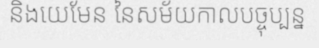
និងយេមែន នៃសម័យកាលបច្ចុប្បន្ន